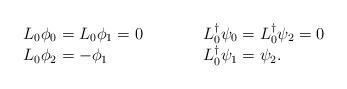
\begin{align*}\begin{array}{lcl}L_0\phi_0=L_0\phi_1=0 & \qquad& L_0^\dag\psi_0=L_0^\dag\psi_2=0\\L_0\phi_2=-\phi_1 & \qquad& L_0^\dag\psi_1=\psi_2.\end{array}\end{align*}